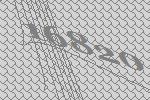
16820